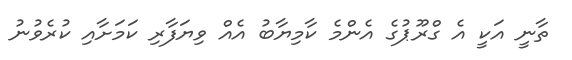
ތާނީ އަކީ އެ ގްރޫޕުގެ އެންމެ ކާމިޔާބު އެއް ވިޔަފާރި ކަމަށާއި ކުރެވުނު